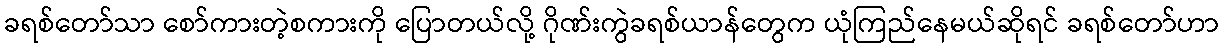
ခရစ်တော်သာ စော်ကားတဲ့စကားကို ပြောတယ်လို့ ဂိုဏ်းကွဲခရစ်ယာန်တွေက ယုံကြည်နေမယ်ဆိုရင် ခရစ်တော်ဟာ